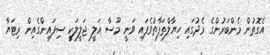
އެގޮތުން މެންބަރުންގެ މެދުގައި ހިޔާލްތަފާތުވެފައި ވަނީ މޫސާ އަލީ ޖަލީލަކީ ސިފައިންގެއިން ރިޓަޔާ